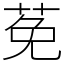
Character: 莬